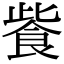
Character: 飺